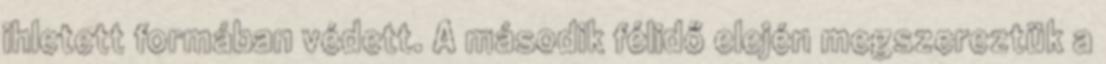
ihletett formában védett. A második félidő elején megszereztük a